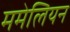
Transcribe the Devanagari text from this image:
ममेलियन